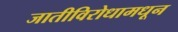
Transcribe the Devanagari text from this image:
जातीविरोधामधून